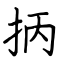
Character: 抦